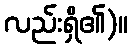
လည်းရှိ၏)။